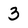
Character: 3